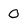
Character: 0